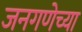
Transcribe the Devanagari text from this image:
जनगणेच्या